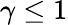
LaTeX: \gamma\leq 1